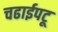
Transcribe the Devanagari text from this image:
चढाईपटू